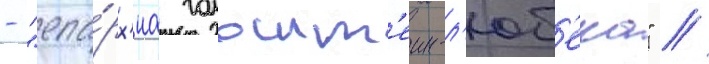
- "епа́рх'иа гольшт'еин-л'юб'ека" //